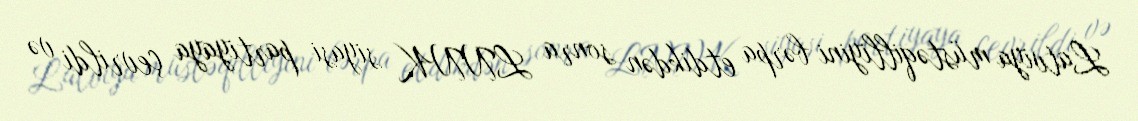
Latviya müstəqilliyini bərpa etdikdən sonra LNNK siyasi partiyaya çevrildi və